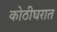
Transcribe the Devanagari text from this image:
कोठीघरात